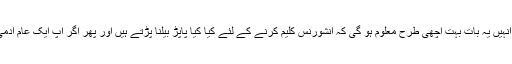
جن حضرات کو انشورنس کا تجربہ ہے انہیں یہ بات بہت اچھی طرح معلوم ہو گی کہ انشورنس کلیم کرنے کے لئے کیا کیا پاپڑ بیلنا پڑتے ہیں اور پھر اگر آپ ایک عام آدمی ہیں تو کوئی آپ کی بات ہی نہیں سنتا ۔